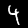
Digit: 4